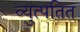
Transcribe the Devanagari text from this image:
व्युत्पतित